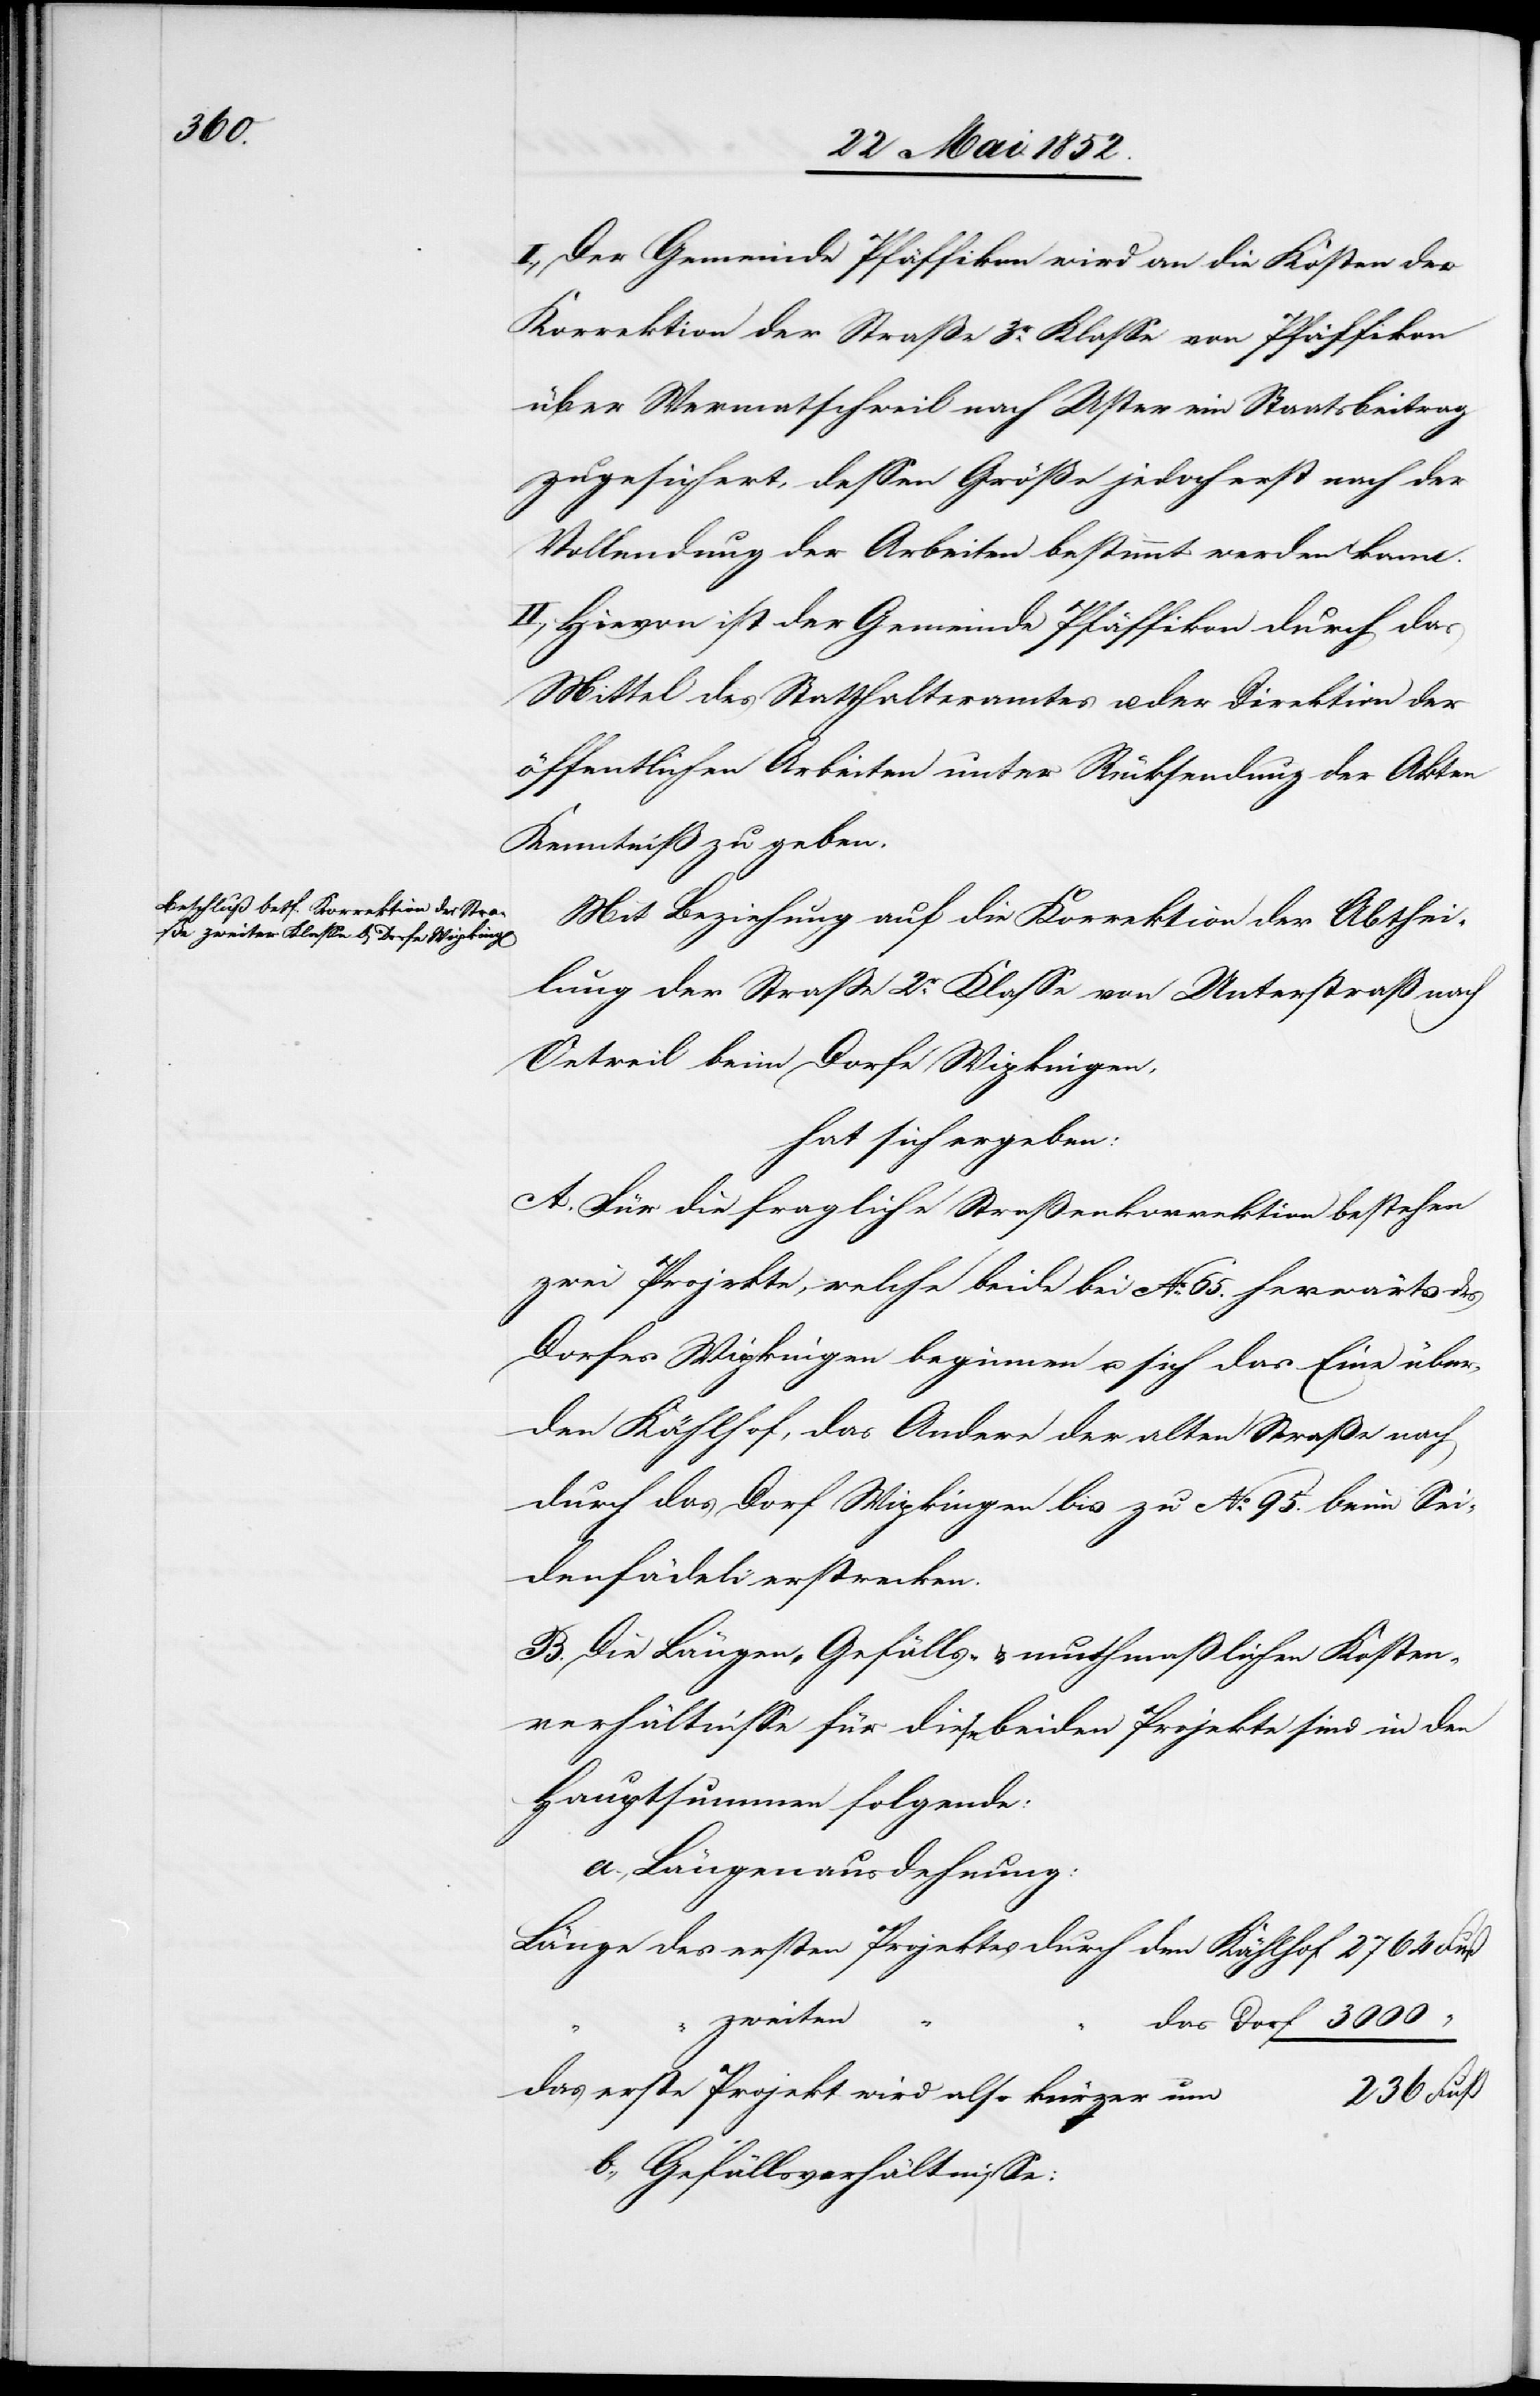
3000

I., Der Gemeinde Pfäffikon wird an die Kosten der
Korrektion der Straße 3r. Klasse von Pfäffikon
über Wermatschweil nach Uster ein Staatsbeitrag
zugesichert, dessen Größe jedoch erst nach der
Vollendung der Arbeiten bestimmt werden kann.
II., Hievon ist der Gemeinde Pfäffikon durch das
Mittel des Statthalteramtes u. der Direktion der
öffentlichen Arbeiten unter Rücksendung der Akten
Kenntniß zu geben.
Mit Beziehung auf die Korrektion der Abthei¬
lung der Strasse 2r. Klasse von Unterstraß nach
Oetweil beim Dorfe Wipkingen,
hat sich ergeben:
A. Für die fragliche Straßenkorrektion bestehen
zwei Projekte, welche beide bei No. 65. herwärts des
Dorfes Wipkingen beginnen u. sich das Eine über
den Kählhof, das Andere der alten Straße nach
durch das Dorf Wipkingen bis zu No. 95. beim Sei¬
denfädeli erstrecken.
B. Die Längen-[,] Gefälls- & muthmasslichen Kosten¬
verhältnisse für diese beiden Projekte sind in den
Hauptsummen folgende:
a., Längenausdehnung:
zweiten
“
das erste Projekt wird also kürzer um
236 Fuß
b., Gefällsverhältnisse: